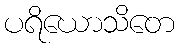
ပရိယောသိတေ